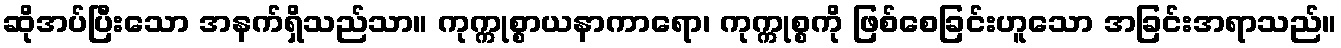
ဆိုအပ်ပြီးသော အနက်ရှိသည်သာ။ ကုက္ကုစ္စာယနာကာရော၊ ကုက္ကုစ္စကို ဖြစ်စေခြင်းဟူသော အခြင်းအရာသည်။